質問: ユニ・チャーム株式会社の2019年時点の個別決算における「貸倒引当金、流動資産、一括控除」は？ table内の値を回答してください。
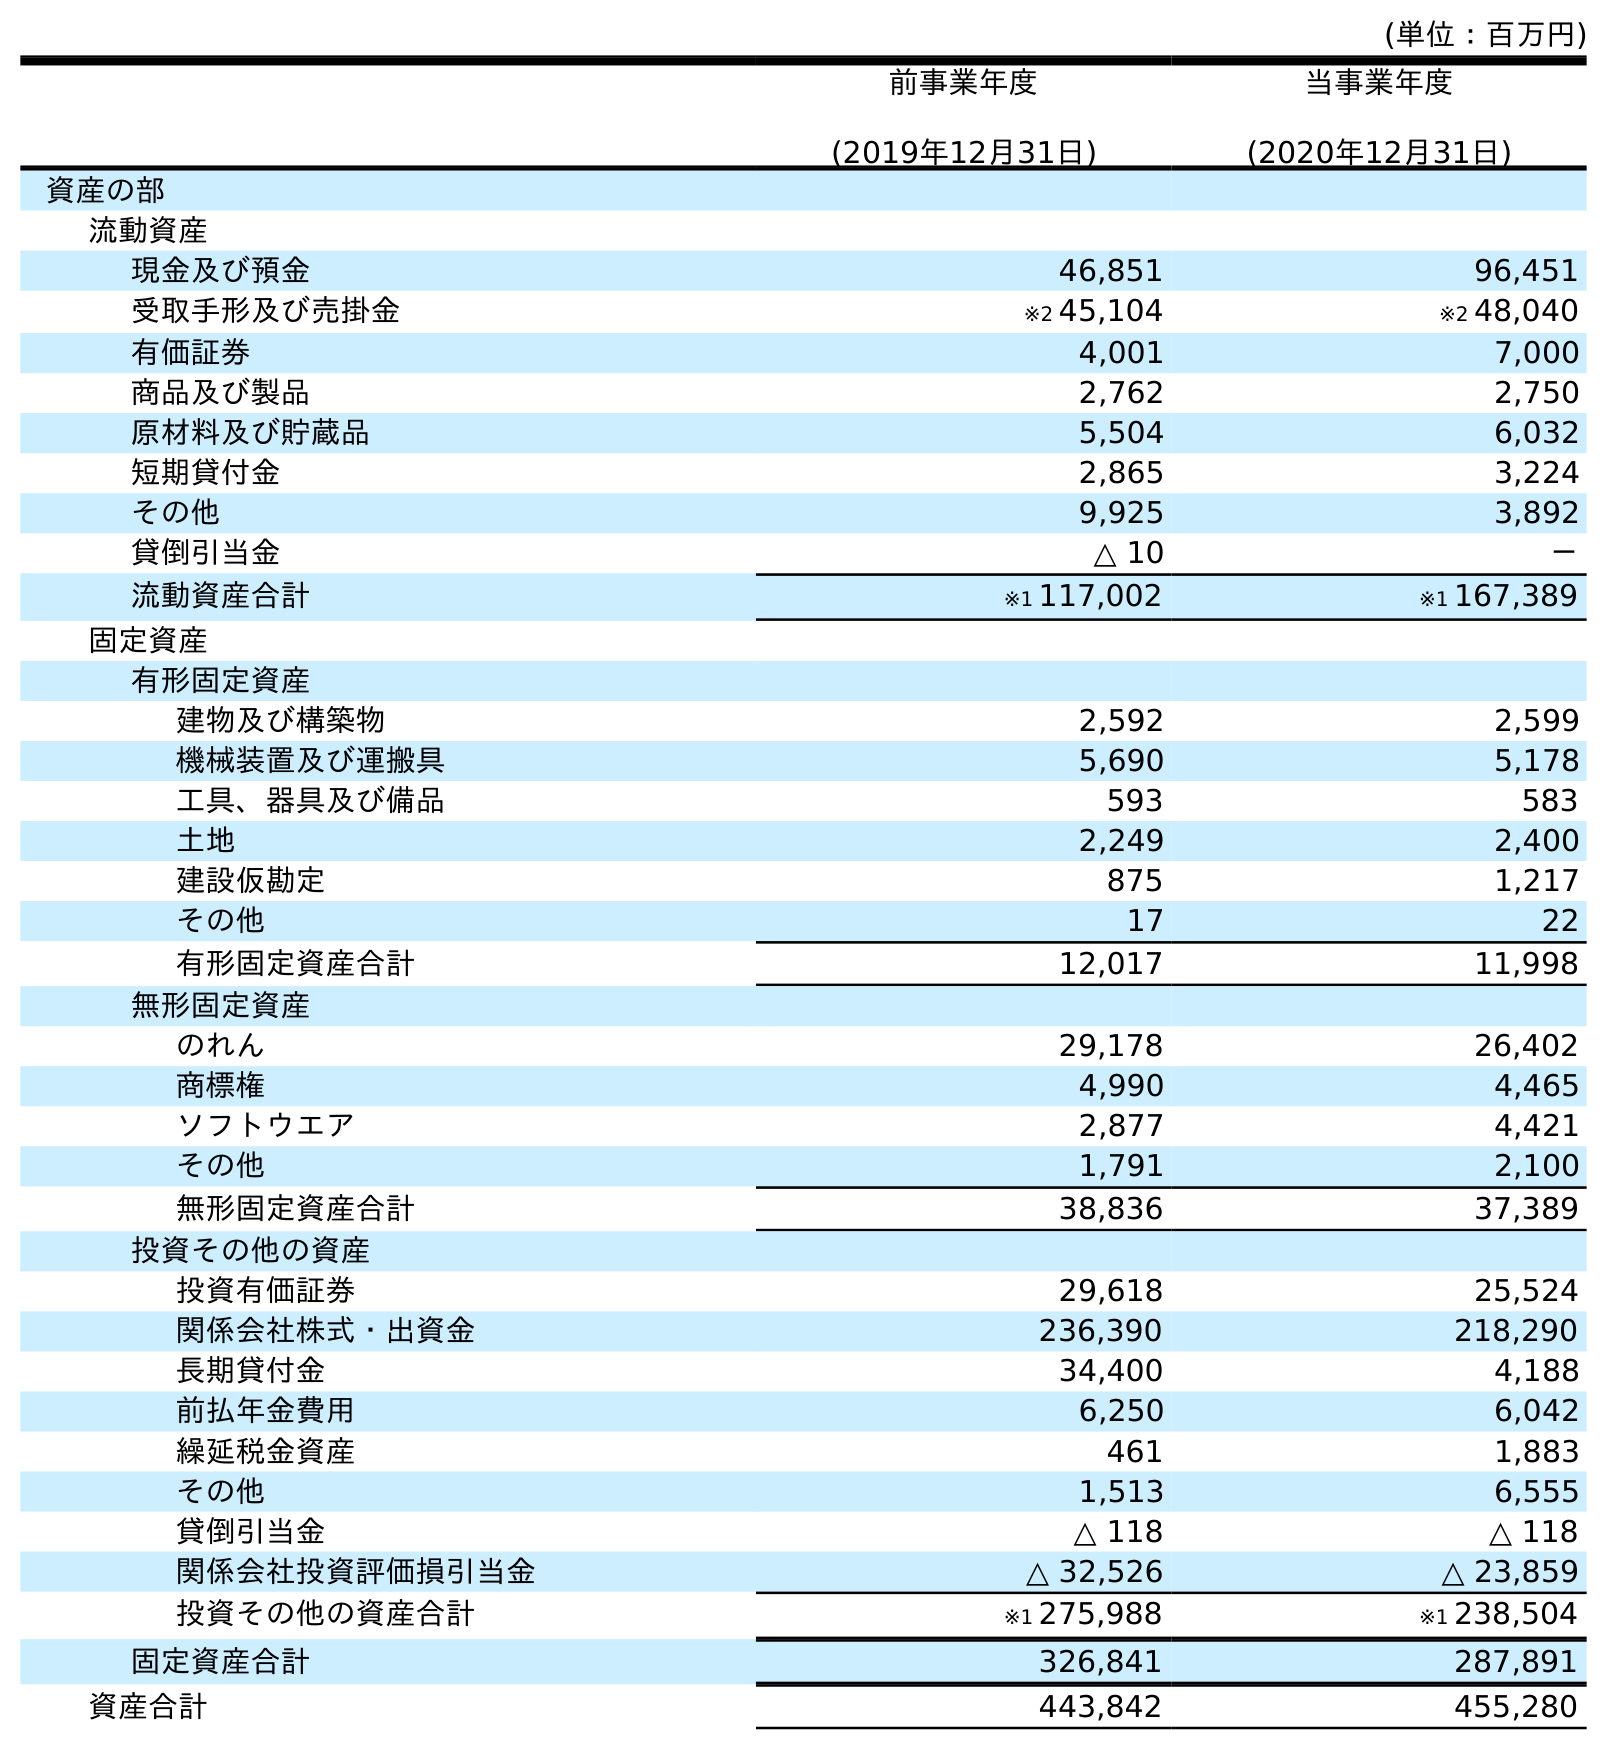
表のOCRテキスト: (単位：百万円) 前事業年度 (2019年12月31日) 当事業年度 (2020年12月31日) 資産の部 流動資産 現金及び預金 46,851 96,451 受取手形及び売掛金 ※2 45,104 ※2 48,040 有価証券 4,001 7,000 商品及び製品 2,762 2,750 原材料及び貯蔵品 5,504 6,032 短期貸付金 2,865 3,224 その他 9,925 3,892 貸倒引当金 △ 10 － 流動資産合計 ※1 117,002 ※1 167,389 固定資産 有形固定資産 建物及び構築物 2,592 2,599 機械装置及び運搬具 5,690 5,178 工具、器具及び備品 593 583 土地 2,249 2,400 建設仮勘定 875 1,217 その他 17 22 有形固定資産合計 12,017 11,998 無形固定資産 のれん 29,178 26,402 商標権 4,990 4,465 ソフトウエア 2,877 4,421 その他 1,791 2,100 無形固定資産合計 38,836 37,389 投資その他の資産 投資有価証券 29,618 25,524 関係会社株式・出資金 236,390 218,290 長期貸付金 34,400 4,188 前払年金費用 6,250 6,042 繰延税金資産 461 1,883 その他 1,513 6,555 貸倒引当金 △ 118 △ 118 関係会社投資評価損引当金 △ 32,526 △ 23,859 投資その他の資産合計 ※1 275,988 ※1 238,504 固定資産合計 326,841 287,891 資産合計 443,842 455,280
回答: △10